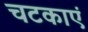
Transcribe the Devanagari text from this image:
चटकाएं